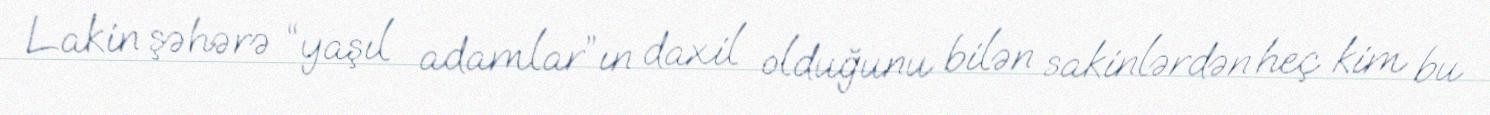
Lakin şəhərə “yaşıl adamlar”ın daxil olduğunu bilən sakinlərdən heç kim bu